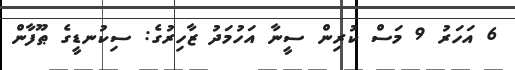
6 އަހަރު 9 މަސް ކުރިން ސީނާ އަހުމަދު ޒާހިރުގެ: ސިކުނޑީގެ ޠޫފާން